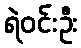
ရဲဝင်းဦး